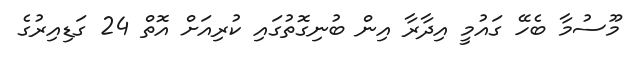
މޫސުމާ ބެހޭ ގައުމީ އިދާރާ އިން ބުނިގޮތުގައި ކުރިއަށް އޮތް 24 ގަޑިއިރުގެ